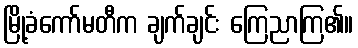
မြို့ခံကော်မတီက ချက်ချင်း ကြေညာကြ၏။